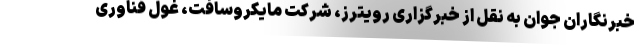
خبرنگاران جوان به نقل از خبرگزاری رویترز، شرکت مایکروسافت، غول فناوری